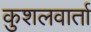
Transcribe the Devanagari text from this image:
कुशलवार्ता